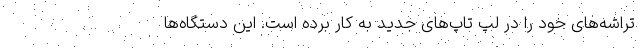
تراشه‌های خود را در لپ تاپ‌های جدید به کار برده است. این دستگاه‌ها